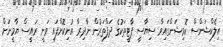
އިލެކްޝަންސް ކޮމިޝަންގައިވާ ސިޔާސީ ޕާޓީތަކުގެ ދަފްތަރުން ނާދިރާ އުނިކޮށްފައި ވަނީ ރައީސް ޔާމީނަށް